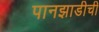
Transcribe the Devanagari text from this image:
पानझाडीची